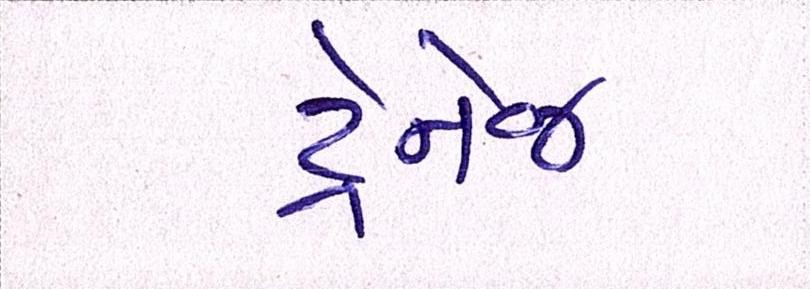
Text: ડ્રેનેજ